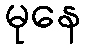
မုနေ